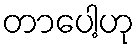
တာပေါ့ဟု